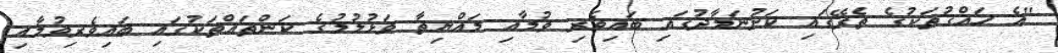
"އެ ހައްގުތަކުގެ ތެރޭގައި ކަށުނަމާދުގައި ބައިވެރި ވުމާއި މައްޔިތާ ވަޅުލުމުގެ ކަންތައްތަކުގައި ބައިވެރިވުމާއި